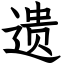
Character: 遗